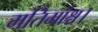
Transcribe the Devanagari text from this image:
मतिमांश्च।